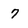
Character: 7